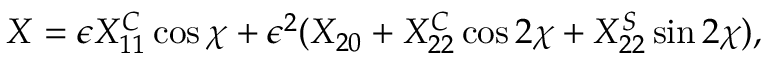
X = \epsilon X _ { 1 1 } ^ { C } \cos \chi + \epsilon ^ { 2 } ( X _ { 2 0 } + X _ { 2 2 } ^ { C } \cos 2 \chi + X _ { 2 2 } ^ { S } \sin 2 \chi ) ,